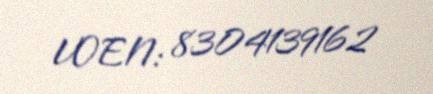
VOEN: 8304139162